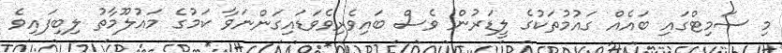
މި ސަމިޓްގައި ބައެއް ގައުމުތަކުގެ ލީޑަރުން ވެސް ބައިވެރިވެވަޑައިގަންނަވާ ކަމުގެ މައުލޫމާތު ލިބިފައިވެ